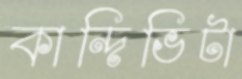
কান্দিভিটা